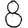
Digit: 8